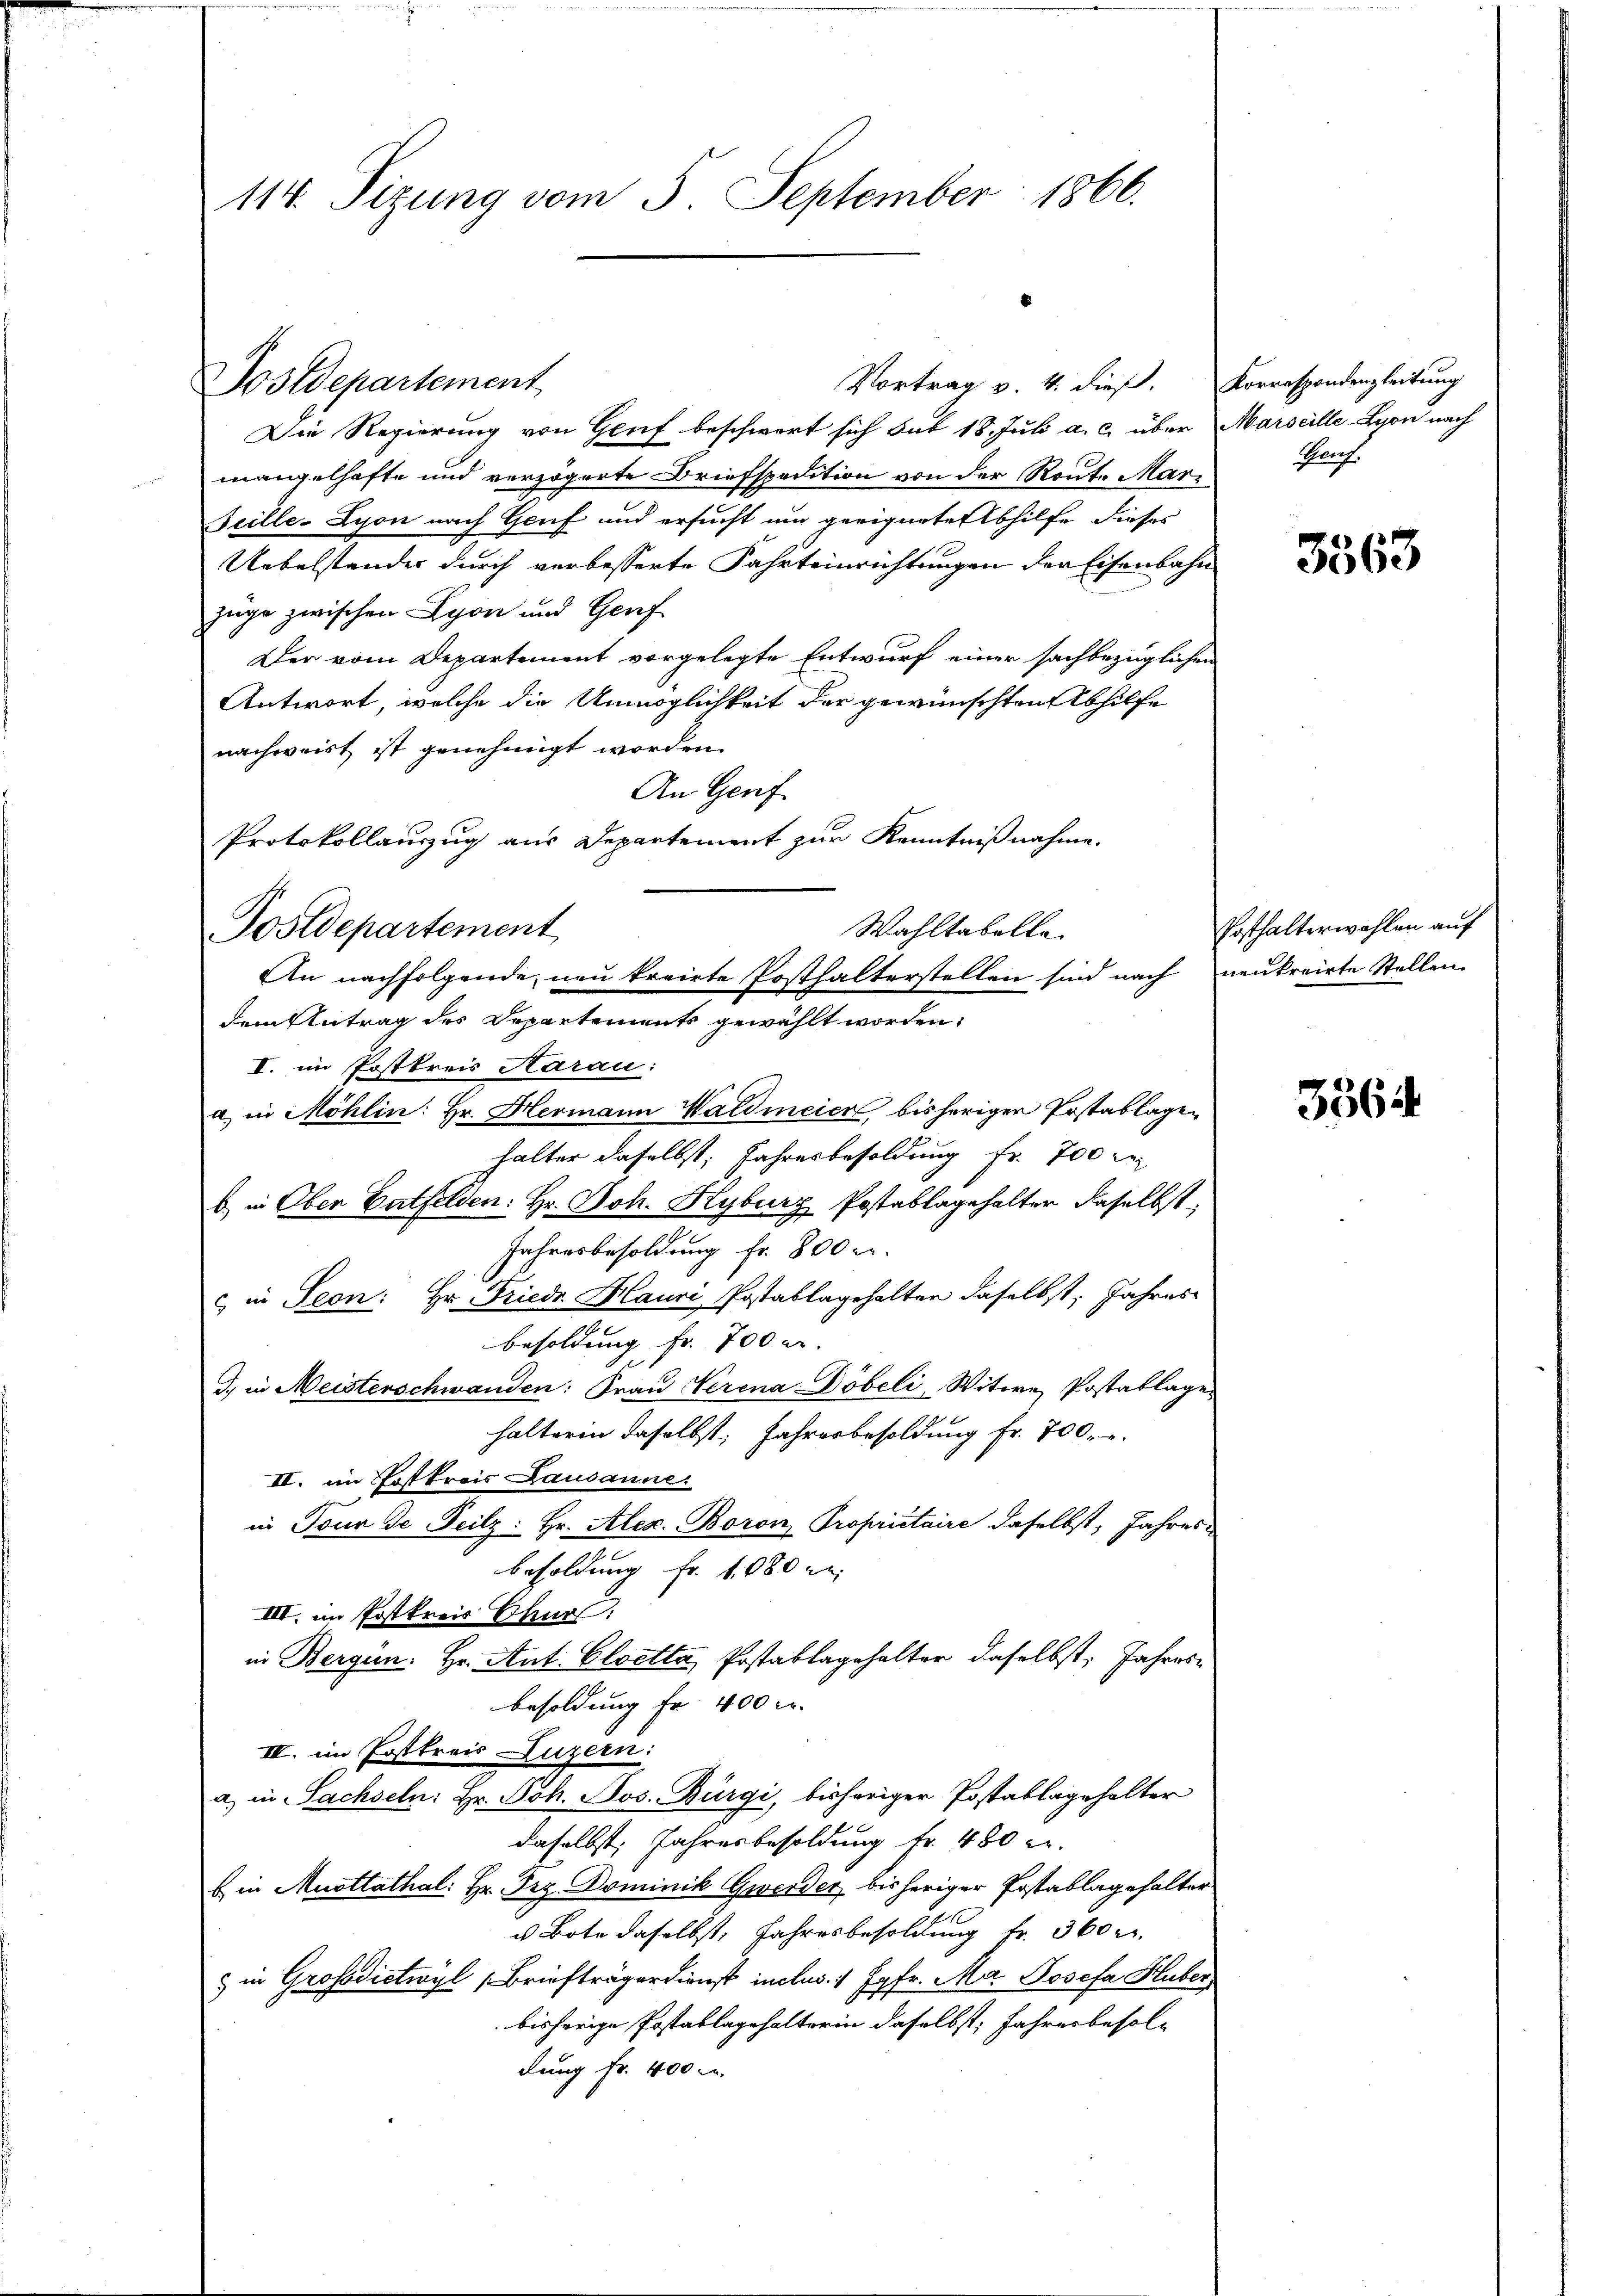
114. Sizung vom 5. September 1866.

Vortrag v. 4. dieß. Korrespondenzleitung
Die Regierung von Genf beschwert sich but 18. Juli a. c. über Marseille-Lyon nach
mangelhafte und verzögerte Briefspedition von der Route Mar¬
Juille-Lyon nach Genf und ersucht um geeignete Abhilfe dieses
Uebelstandes durch verbesserte Fahrteinrichtungen der Eisenbahn
züge zwischen Lyon und Genf
Der vom Departement vorgelegte Entwurf einer sachbezüglichen
Antwort, welche die Unmöglichkeit der gewünschten Abhilfe
nachweist ist genehmigt worden.
An Genf
Protokollauszug aus Departement zur Kenntnißnahme.
Wahltabelle
Postdepartement
dem Antrag des Departements gewählt worden,
I. im Postkreis Harau:
a) in Möhlin: Hr. Hermann Waldmeier, bisheriger Postablagehalter daselbst, Jahresbesoldung fr. 700 re
b) in Ober Entfelden: Hr. Joh. Kyburg Postablagehalten daselbst,
Jahresbesoldung fr. 800 u.
c in Seon: Hr. Friedr. Hauri Postablagehalter daselbst. Jahres
Besoldung Fr. 700 r.
J., in Meisterschwanden: Frau Verena Döbeli, Witwe Postablage
halterin daselbst, Jahresbesoldung fr. 700.
II. im Erstkreis Lausanne.
in Tour de Teilz: Hr. Alex. Boron Propriétaire daselbst, Jahres-
besoldung fr. 1080 de
III. im Postkreis Churf:
in Bergün. Hr. Ant. Cloetta, Postablagehalter daselbst: Jahres
besoldung Fr. 400 l.
III. im Erstkreis Luzern:
a. in Sachseln: Hr. Joh. Jos. Bürgi, bisheriger Postablagehalter
daselbst, Jahresbesoldung Fr. 480 l.
b in Musttathal: Hr. Frz. Dominik Gwerder bisheriger Postablagehalter
u Bote daselbst, Jahresbesoldung fr. 360 f.
& in Grossdictwyl (Briefträgerdienst inclus. 1 Jgfr. Ma Josefa Huber,
bisherige Postablagehalterin daselbst, Jahresbesoldung fr. 400 M.

Postdepartement

An nachfolgende neu kreirte Posthalterstellen sind nach neutreirte Stellen

Shwoch.

3563

Posthalterwahlen auf

3564